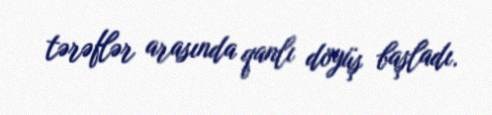
tərəflər arasında qanlı döyüş başladı.